Lunatic asylums Central Provinces reports 1874-1885 - 1874-1885
Year: 1874
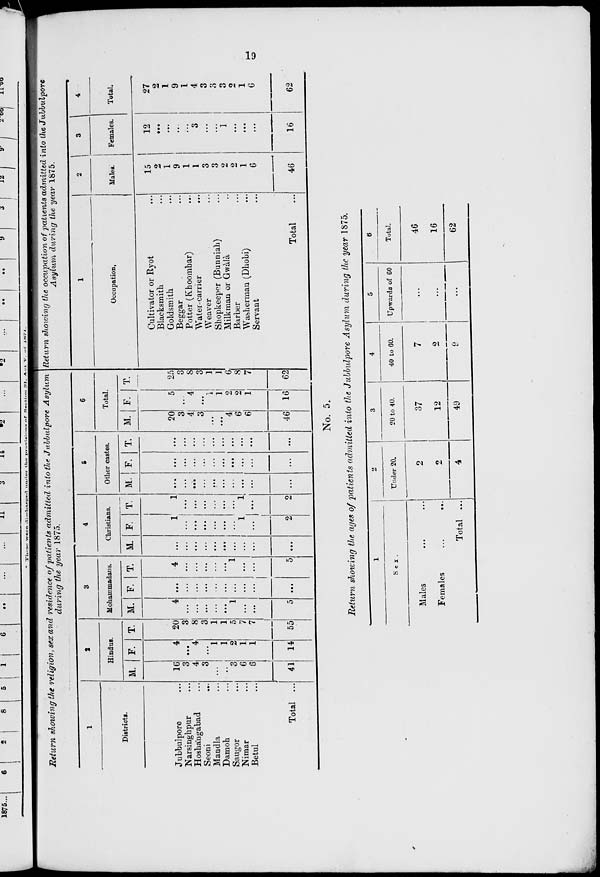
19
Return showing the religion, sex and residence of patients admitted into the Jubbulpore Asylum
during the year 1875.
1
Districts.
Jubbulpore ...
Narsinghpur ...
Hoshángabad ...
Seoni ...
Mandla ...
Damoh ...
Saugor ...
Nimar ...
Betul ...
Total ...
2
Hindus.
M.
16
3
4
3
...
...
3
6
6
41
F.
4
...
4
...
1
1
2
1
1
14
T.
20
3
8
3
1
1
5
7
7
55
3
Mohammadans.
M.
4
...
...
...
...
...
1
...
...
5
F.
...
...
...
...
...
...
...
...
...
...
T.
4
...
...
...
...
...
1
...
...
5
4
Christians.
M.
...
...
...
...
...
...
...
...
...
...
F.
1
...
...
...
...
...
1
...
2
T.
1
...
...
...
...
...
...
1
...
2
5
Other castes.
M.
...
...
...
...
...
...
...
...
...
...
F.
...
...
...
...
...
...
...
...
...
...
T.
...
...
...
...
...
...
...
...
...
...
6
Total.
M.
20
3
4
3
...
...
4
6
6
46
F.
5
...
4
...
1
1
2
2
1
16
T.
25
3
8
3
1
1
6
8
7
62
Return showing the occupation of patients admitted into the Jubbulpore
Asylum during the year 1875.
1
Occupation.
Cultivator or Ryot ...
Blacksmith ...
Goldsmith ...
Beggar ...
Potter (Khoombar) ...
Water carrier ...
Weaver ...
Shopkeeper (Bunniah) ...
Milkman or Gwàlà ...
Barber ...
Washerman (Dhobi) ...
Servant ...
Total ...
2
Males.
15
2
1
9
1
1
3
3
2
2
1
6
46
3
Females.
12
...
...
...
...
3
...
...
1
...
...
...
16
4
Total.
27
2
1
9
1
4
3
3
3
2
1
6
62
No. 5.
Return showing the ages of patients admitted into the Jubbulpore Asylum during the year 1875.
1
Sex.
Males ... ...
Females
...
...
Total ...
2
Under 20.
2
2
4
3
20 to 40.
37
12
49
4
40 to 60.
7
2
9
5
Upwards of 60
...
...
...
6
Total.
46
16
62